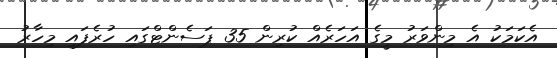
އެކަމަކު އެ މިންވަރު މީގެ އަހަރެއް ކުރިން 35 ޕަސެންޓްގައި ހުރެފައި މިހާރު